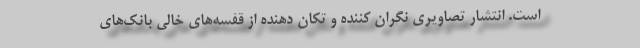
است. انتشار تصاویری نگران کننده و تکان دهنده از قفسه‌های خالی بانک‌های